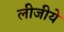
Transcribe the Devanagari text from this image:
लीजीये